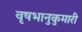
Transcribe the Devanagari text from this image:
वृषभानुकुमारी